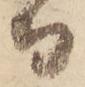
而